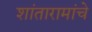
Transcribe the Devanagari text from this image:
शांतारामांचे